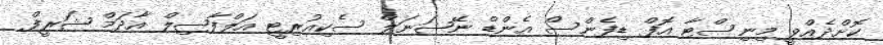
ކޮށްދެއްވީ މިނިސްޓާ އޮފް ޑިފެންސް އެންޑް ނޭޝަނަލް ސެކިއުރިޓީ އަލްފާޟިލް އާދަމް ޝަރީފް